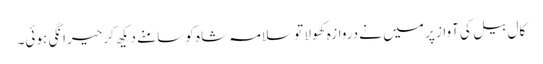
کال بیل کی آواز پر میں نے دروازہ کھولا تو سلامہ شاہ کو سامنے دیکھ کر حیرانگی ہوئی۔